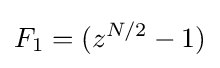
F_{1}=(z^{N/2}-1)